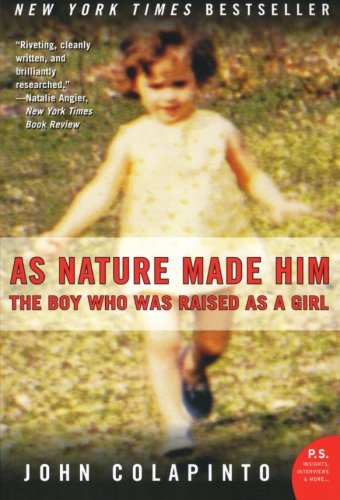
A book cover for As Nature Made Him: The Boy Who Was Raised as a Girl; John Colapinto; Gay & Lesbian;